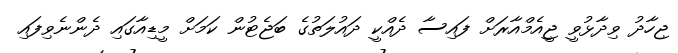
ޖިހާދު ވިދާޅުވީ ޖީއެމްއާރަށް ފައިސާ ދެއްކީ ދައުލަތުގެ ބަޖެޓުން ކަމަށް މީޑިއާގައި ދެންނެވިފައި